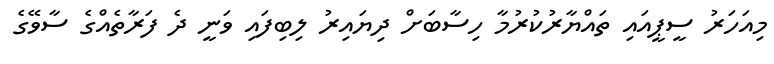
މިއަހަރު ސީޕީއައި ތައްޔާރުކުރުމާ ހިސާބަށް ދިޔައިރު ލިބިފައި ވަނީ ދެ ފަރާތެއްގެ ސާވޭގެ